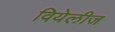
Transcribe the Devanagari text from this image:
वियेलीज